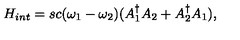
H _ { i n t } = s c ( \omega _ { 1 } - \omega _ { 2 } ) ( A _ { 1 } ^ { \dag } A _ { 2 } + A _ { 2 } ^ { \dag } A _ { 1 } ) ,